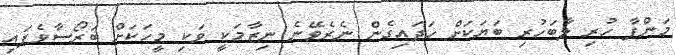
މަންފާ ހުރި ލާބަހުރި ބަޔަކަށް ހަދައިގެން ނެރެވޭނެ ނިޒާމަކީ ވަކި މީހަކަށް ބަރޯސާވެފައި